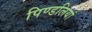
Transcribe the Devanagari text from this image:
पिण्डलियां